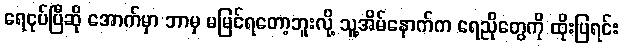
ရေငုပ်ပြီဆို အောက်မှာ ဘာမှ မမြင်ရတော့ဘူးလို့ သူ့အိမ်နောက်က ရေညိုတွေကို ထိုးပြရင်း